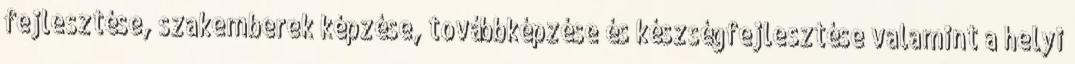
fejlesztése, szakemberek képzése, továbbképzése és készségfejlesztése valamint a helyi